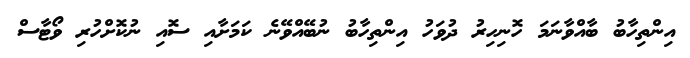
އިންތިހާބު ބާއްވާނަމަ ހޮނިހިރު ދުވަހު އިންތިހާބު ނުބޭއްވޭނެ ކަމަށާއި ސޮއި ނުކޮށްހުރި ވޯޓާސް